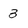
Character: 3